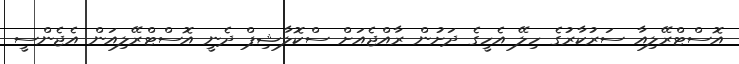
އޮސްޓްރޭލިއާ ސަރުކާރުގެ ހިލޭ އެހީގެ ދަށުން ރާއްޖެއަށް ސްކޮލާޝިޕް ދެނީ އޮސްޓްރޭލިއަން އެޖެންސީ